system: You are a helpful assistant.
user:
Analyze the provided spectrum to determine if it is a **Carbon Star (C-type)**.

- **Key Visual Indicators of Carbon Star:**
    - **(Primary):** Strong molecular absorption from **C₂ (diatomic carbon) "Swan Bands."** This is the **defining feature** of a carbon star.
        - **(Key Bandheads):** Sharp absorption edges are visible at approximately $5635$ Å, $5165$ Å (the strongest band), and $4737$ Å.
        - **(Line Profile):** Creates a distinct **"saw-tooth"** pattern. The key morphology is a sharp, steep bandhead on the **red (long-wavelength) side**, which then gradually tapers off (i.e., flux recovers) towards the **blue (short-wavelength) side**. *(This is the direct opposite of the TiO bands seen in M-type stars)*.

    - **(Secondary):** Intense **CN (cyanogen)** molecular absorption bands.
        - **(Key Bandheads):** Located in the blue and violet regions of the spectrum (e.g., near $4215$ Å and $3883$ Å).
        - **(Morphology):** These bands are extremely broad and act as a "blanket," absorbing the vast majority of blue and violet light. This creates a characteristic **"cliff"** or **"steep drop-off"** in the spectrum's flux at short wavelengths.

    - **(Key Confirmation):** Strong **CH absorption band (G-band)**.
        - **(Key Bandhead):** Located around $4300$ Å. The contribution from CH molecules to this band is exceptionally strong.

    - **(Overall Spectrum):**
        - The continuum is severely "chopped up" by these deep molecular bands, especially C₂, rather than appearing as a smooth curve.
        - Due to the heavy CN and C₂ absorption in the blue-green, the vast majority of the star's flux is concentrated in the red part of the spectrum, giving the star its characteristic deep red color.

Think first, call **spectral_visualization_tool** if needed to examine features in detail, then provide your final answer. Your response must adhere to the following strict rules:
1.  **Overall Structure:** Your response must follow the format `<think>...</think> <tool_call>...</tool_call> (if a tool is used) <answer>...</answer>`.
2.  **Tool Usage Constraint:** You may only make **one** tool call per turn.
3.  **Final Answer Format:** In the `<answer>` tag, your conclusion must be inside a `\boxed{}` command (e.g., `\boxed{YES}`), followed by your justification.

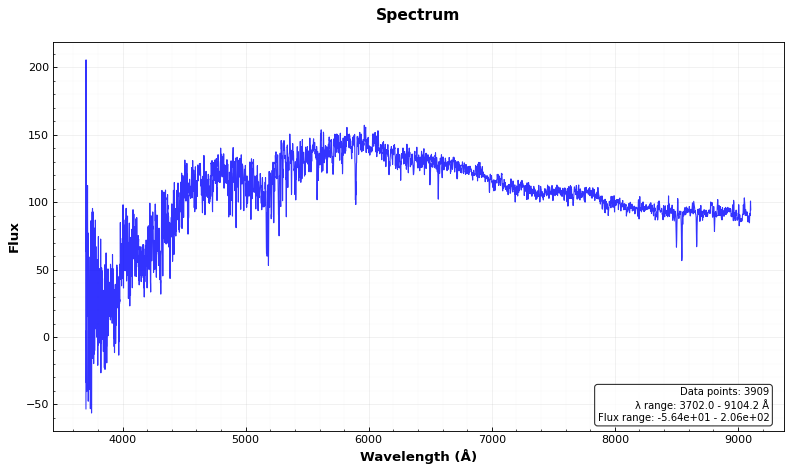
Answer: NO